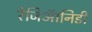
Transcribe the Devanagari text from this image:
रेजिऑनिडी